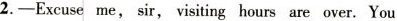
2.—Excuse me,sir,visiting hours are over.You